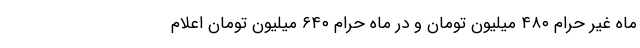
ماه غیر حرام ۴۸۰ میلیون تومان و در ماه حرام ۶۴۰ میلیون تومان اعلام